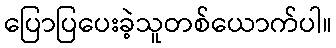
ပြောပြပေးခဲ့သူတစ်ယောက်ပါ။